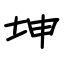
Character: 坤